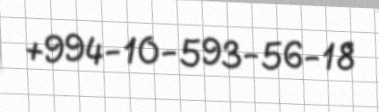
+994-10-593-56-18